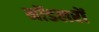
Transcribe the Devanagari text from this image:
मॉडलरों